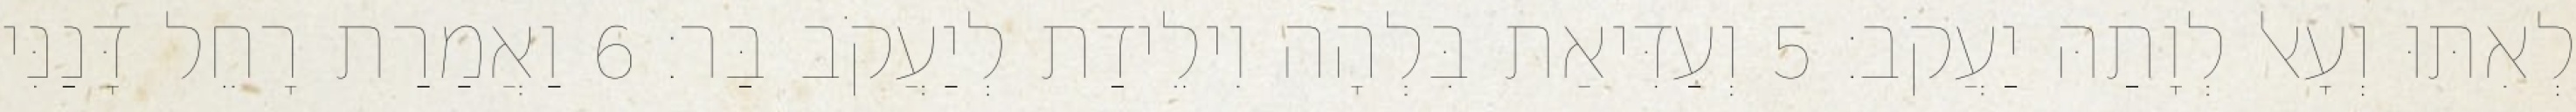
לְאִתּוּ וְעָאל לְוָתַהּ יַעֲקֹב׃ 5 וְעַדִּיאַת בִּלְהָה וִילֵידַת לְיַעֲקֹב בַּר׃ 6 וַאֲמַרַת רָחֵל דָּנַנִּי